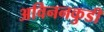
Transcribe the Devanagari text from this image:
अविननकुडी